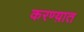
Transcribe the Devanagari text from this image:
करण्य़ात